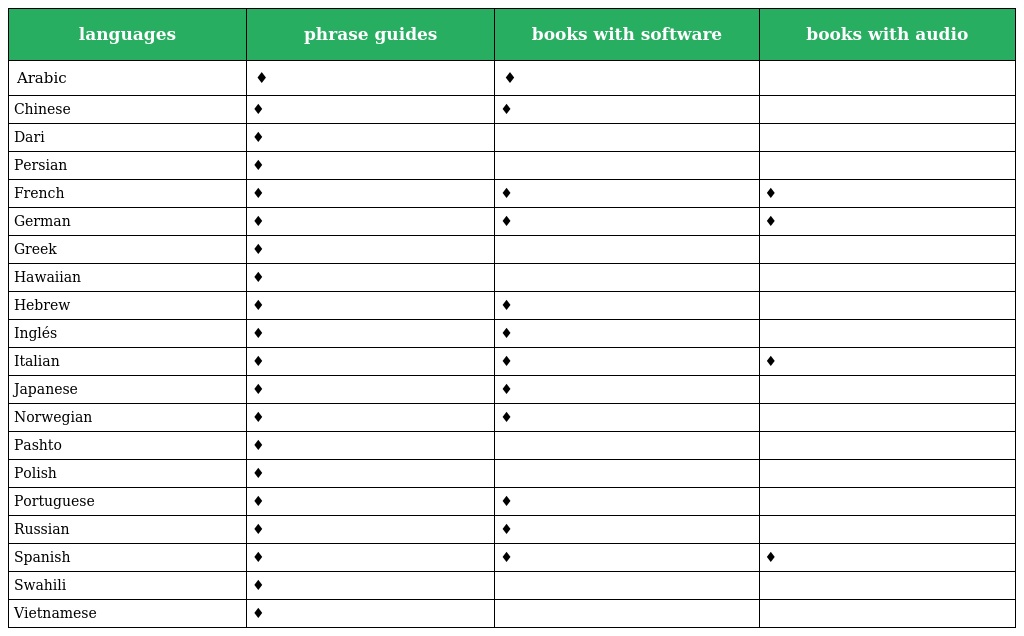
| languages | phrase guides | books with software | books with audio |
 | --- | --- | --- | --- |
 | Arabic | ♦ | ♦ |  |
 | Chinese | ♦ | ♦ |  |
 | Dari | ♦ |  |  |
 | Persian | ♦ |  |  |
 | French | ♦ | ♦ | ♦ |
 | German | ♦ | ♦ | ♦ |
 | Greek | ♦ |  |  |
 | Hawaiian | ♦ |  |  |
 | Hebrew | ♦ | ♦ |  |
 | Inglés | ♦ | ♦ |  |
 | Italian | ♦ | ♦ | ♦ |
 | Japanese | ♦ | ♦ |  |
 | Norwegian | ♦ | ♦ |  |
 | Pashto | ♦ |  |  |
 | Polish | ♦ |  |  |
 | Portuguese | ♦ | ♦ |  |
 | Russian | ♦ | ♦ |  |
 | Spanish | ♦ | ♦ | ♦ |
 | Swahili | ♦ |  |  |
 | Vietnamese | ♦ |  |  |